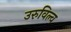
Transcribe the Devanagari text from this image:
उरुविल्व